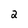
Character: 2